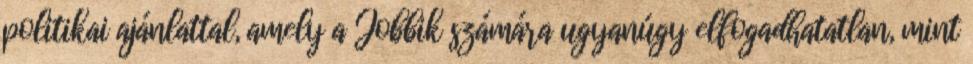
politikai ajánlattal, amely a Jobbik számára ugyanúgy elfogadhatatlan, mint